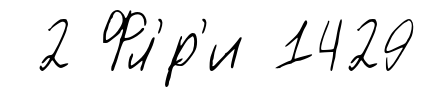
2 Фл'́р'и 1429